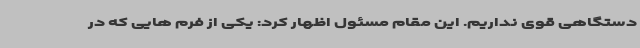
دستگاهی قوی نداریم. این مقام مسئول اظهار کرد: یکی از فرم هایی که در